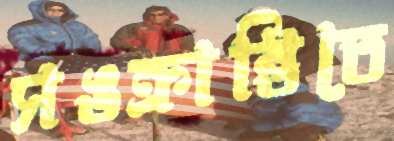
সঙক্রান্তিতে